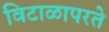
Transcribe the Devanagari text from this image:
विटाळापरते